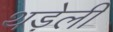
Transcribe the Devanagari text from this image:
थड़ेली